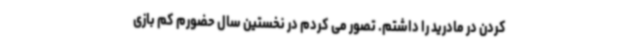
کردن در مادرید را داشتم. تصور می کردم در نخستین سال حضورم کم بازی